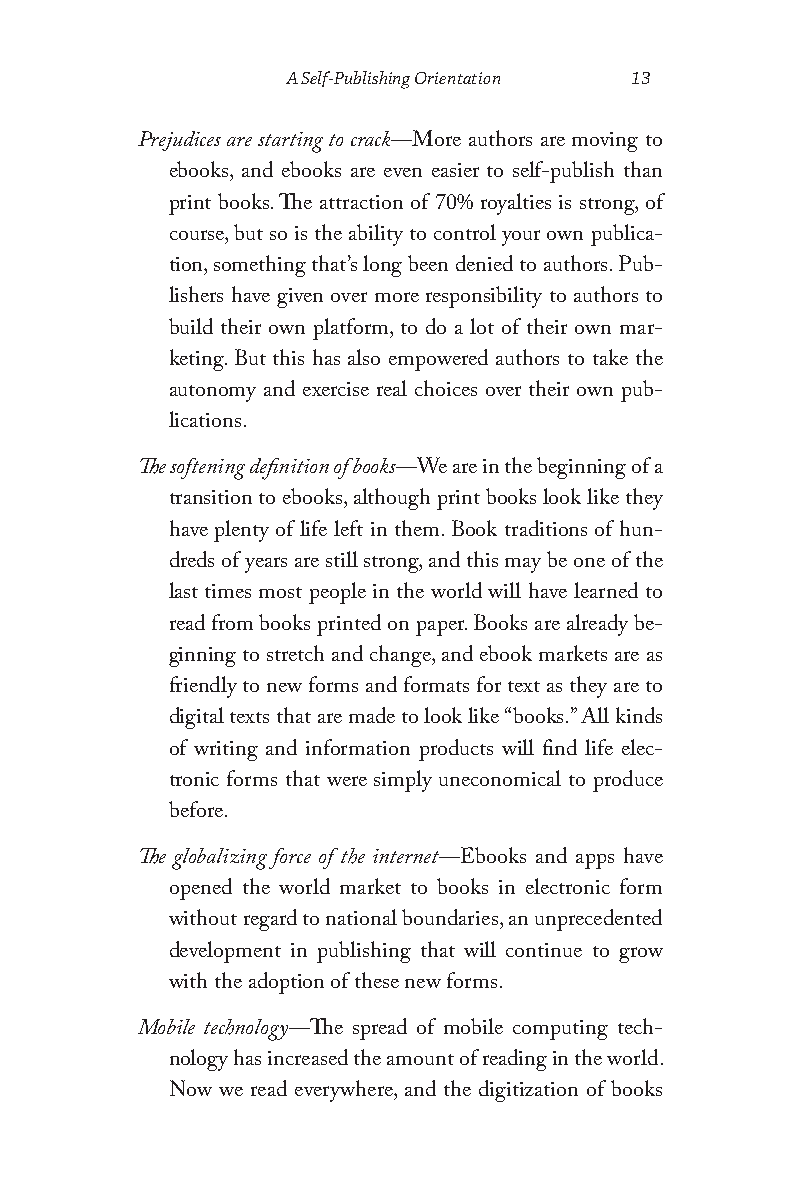
A Self-Publishing Orientation 13
 Prejudices are starting to crack—More authors are moving to
 ebooks, and ebooks are even easier to self-publish than
 print books. The attraction of 70% royalties is strong, of
 course, but so is the ability to control your own publica-
 tion, something that’s long been denied to authors. Pub-
 lishers have given over more responsibility to authors to
 build their own platform, to do a lot of their own mar-
 keting. But this has also empowered authors to take the
 autonomy and exercise real choices over their own pub-
 lications.
 The softening definition of books—We are in the beginning of a
 transition to ebooks, although print books look like they
 have plenty of life left in them. Book traditions of hun-
 dreds of years are still strong, and this may be one of the
 last times most people in the world will have learned to
 read from books printed on paper. Books are already be-
 ginning to stretch and change, and ebook markets are as
 friendly to new forms and formats for text as they are to
 digital texts that are made to look like “books.” All kinds
 of writing and information products will find life elec-
 tronic forms that were simply uneconomical to produce
 before.
 The globalizing force of the internet—Ebooks and apps have
 opened the world market to books in electronic form
 without regard to national boundaries, an unprecedented
 development in publishing that will continue to grow
 with the adoption of these new forms.
 Mobile technology—The spread of mobile computing tech-
 nology has increased the amount of reading in the world.
 Now we read everywhere, and the digitization of books